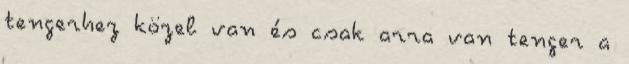
tengerhez közel van és csak arra van tenger a